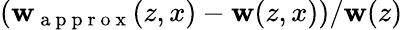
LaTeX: \left(\mathbf{w}_{\mathrm{{~a~p~p~r~o~x~}}}(z,x)-\mathbf{w}(z,x)\right)/\mathbf{w}(z)